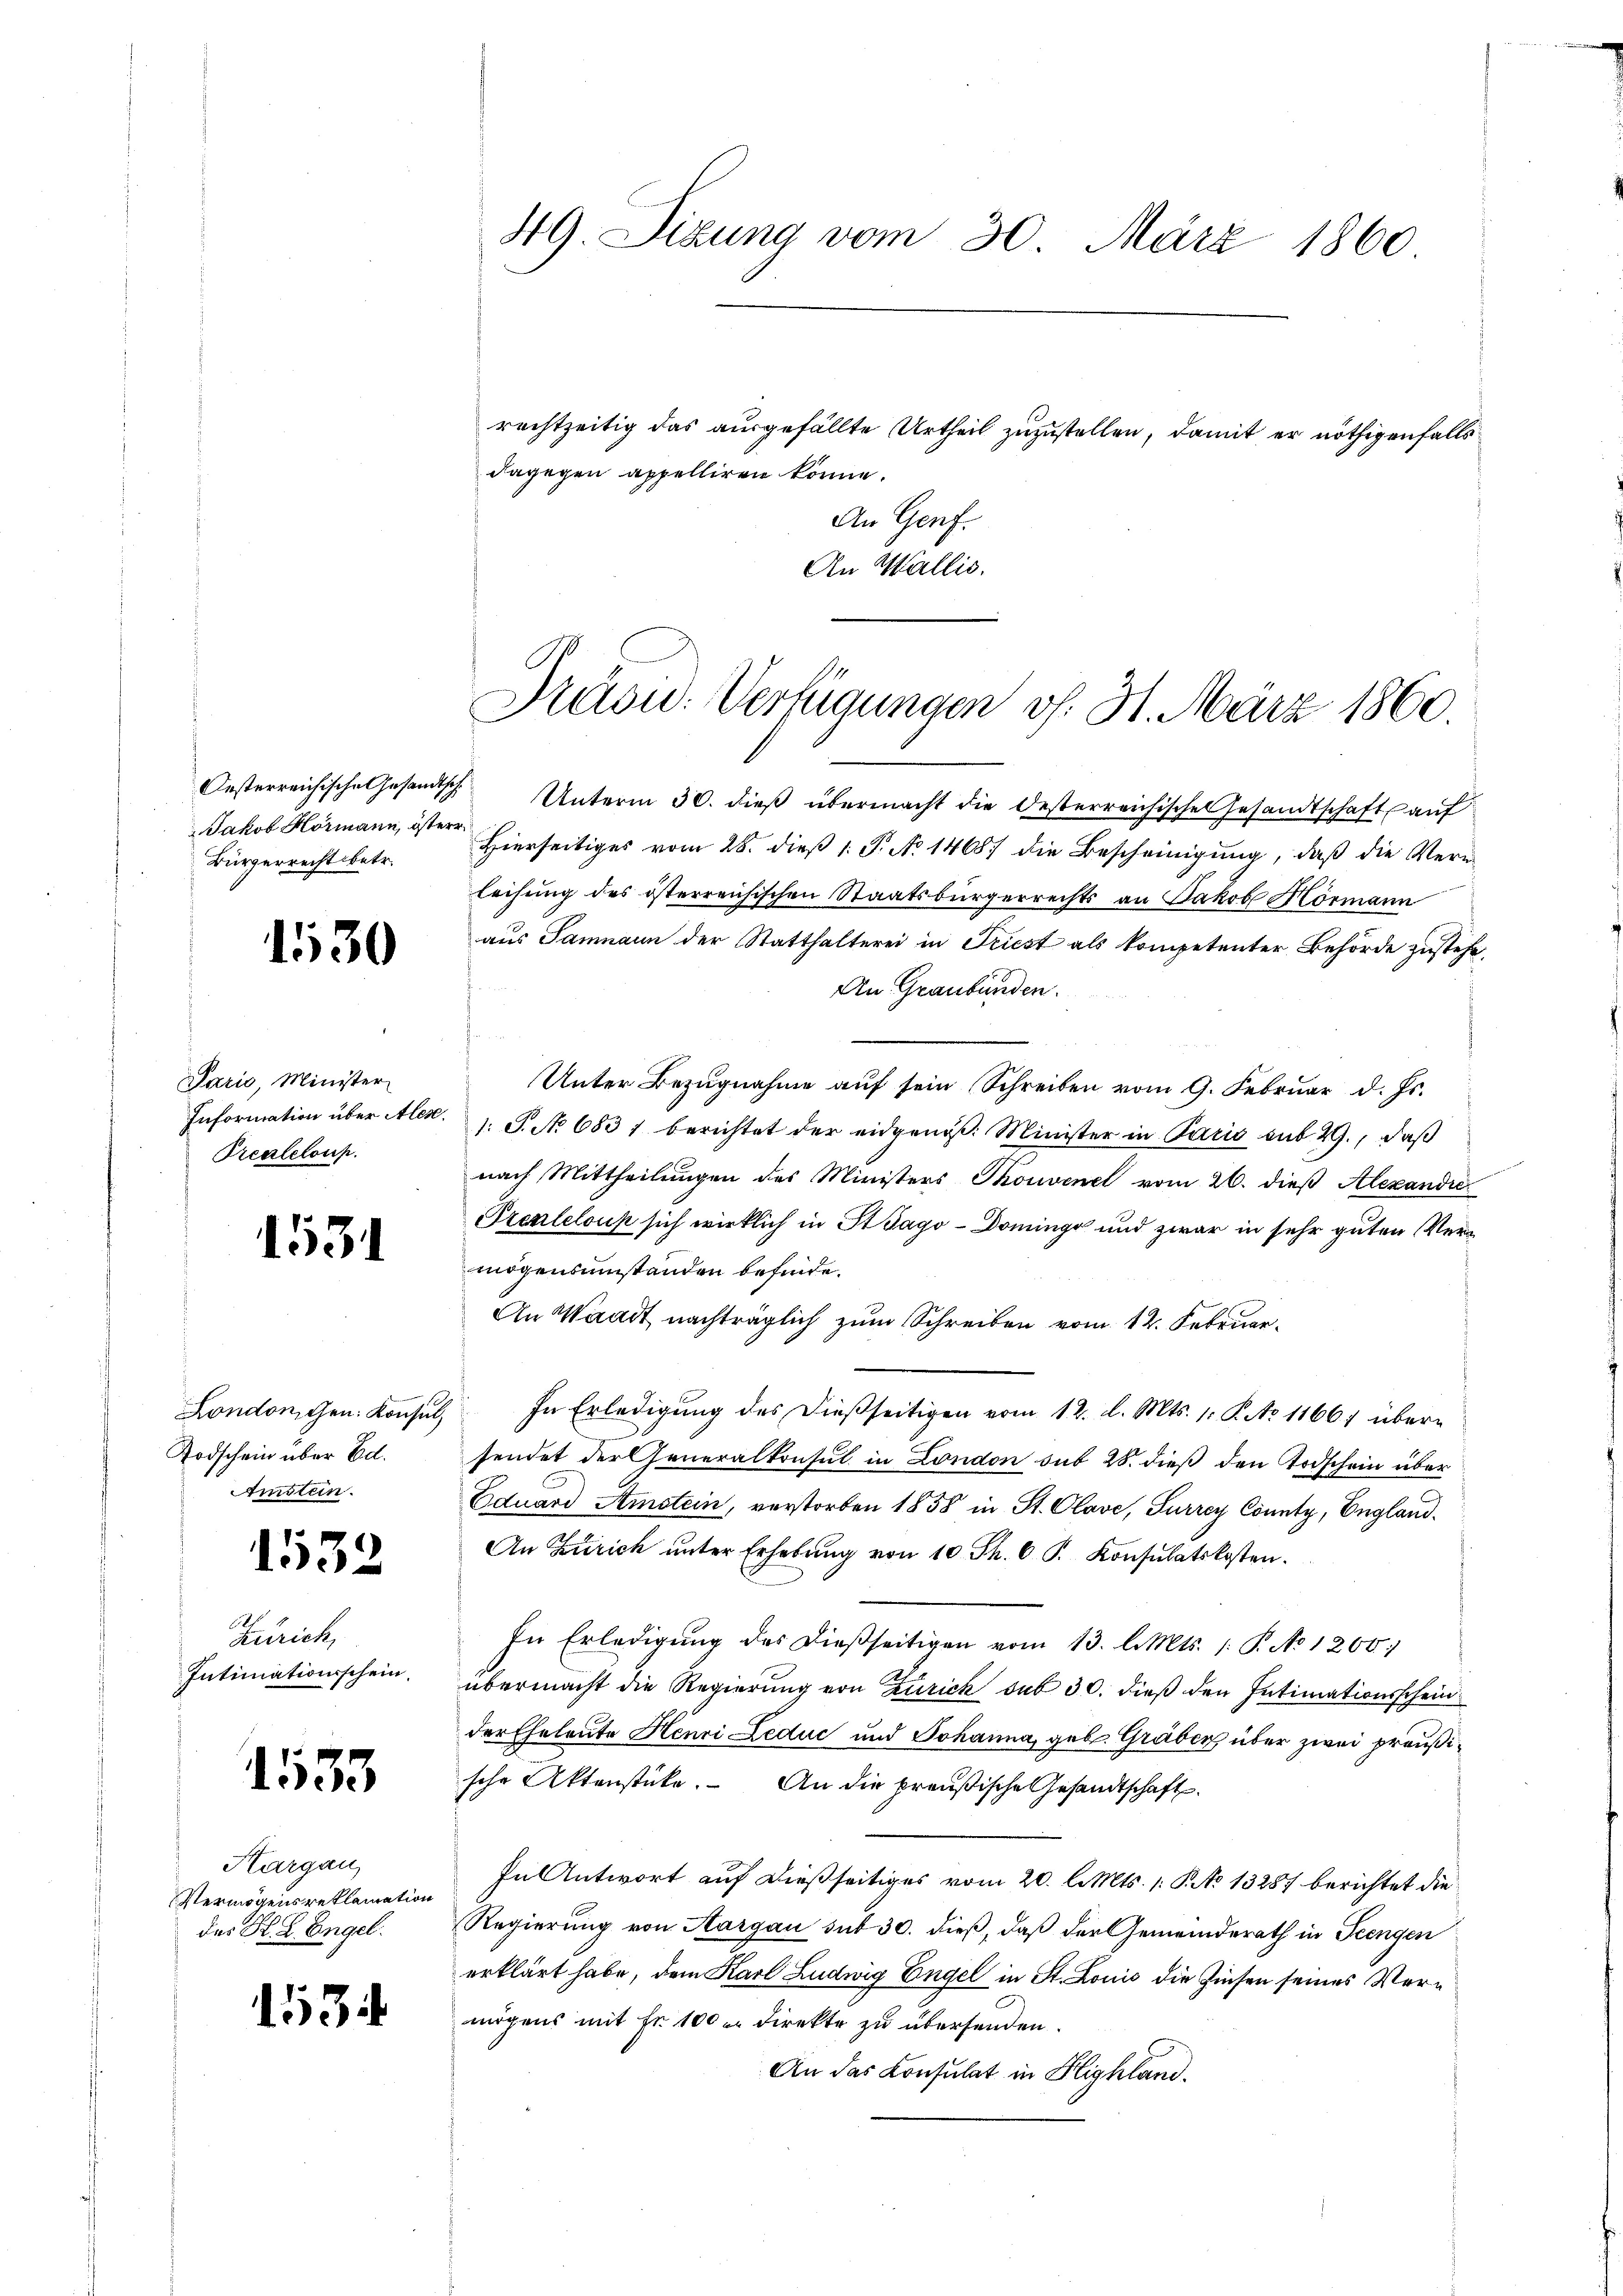
Jakob Hörmann, österr
Bürgerrecht betr.

1530

Paris, Minister
Prealeloup.

1531

London, Gen. Konsul,
Todschein über Ed.
Amsten.

1532

Zürich,
Intimationsschein.

1535

Hargau,
Vermögens reklamation
des H. L. Engel.

153

49. Sizung vom 30. März 1860

dagegen appelliren könne.
An Wallis.

rechtzeitig das ausgefällte Urtheil zuzustellen, damit er nöthigenfalls
An Genf.

Präsid. Verfügungen v. 31. März 1860.

Oesterreichische Gesandtsch Unterm 30. dieβ übermacht die Oesterreichische Gesandtschaft auf
Hierseitiges vom 28. dieß 1. P. No 1468 die Bescheinigung, daß die Vern
leihung des österreichischen Staatsbürgerrechts an Jakob Mörmann
aus Samnaun der Statthalterei in Triest als kompetenter Behörde zustehe,
An Graubünden.
Unter Bezugnahme auf sein Schreiben vom 9. Februar d. Js.
Information über Alex. 1. P. No 6837 berichtet der eidgenöβ: Minister in Paris sub 29., daβ
nach Mittheilungen des Ministers Thonvenel vom 26. dieß Alexandre
Prexleloup sich wirklich in ItTago-Dominge und zwar in sehr guten Vermögensumständen befinde.
An Waadt nachträglich zum Schreiben vom 12. Februar
" In Erledigung des dießseitigen vom 12. d. Mts. 1. No 1166) über-
sendet der Generalkonsul in London sub 28. dieß den Todschein über
Eduard Amstein, verstorben 1858 in St. Clave, Furrey County, England.
An Zürich ŭnter Erhebŭng von 10. Th. 6 P. Konsulatskosten.
In Erledigŭng des dießseitigen vom 13. l. Mts. /: P. No 1200)
übermacht die Regierung von Zürich sub 30. dieß den Intimationsschein
der Eheleute Henri Leduc und Johanna, geb. Graber über zwei preußische Aktenstücke. An die preußische Gesandtschaft
In Antwort auf dießseitiges vom 20. l. Mts. 1. No 13287 berichtet die
Regierung von Aargau sub 30. dieß, daß der Gemeinderath in Teengen
erklärt habe, dem Karl Ludwig Engel in St. Louis die Zinsen seines Vermögens mit Fr. 100 u. direkte zu übersenden.
An das Consulat in Highland.